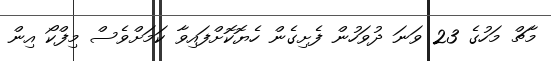
މާޗް މަހުގެ 23 ވަނަ ދުވަހުން ފެށިގެން ހެޔޮކޮށްފައިވާ ކަމަށްވެސް މިފްކޯ އިން